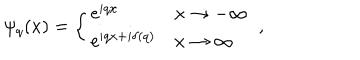
LaTeX: \psi _ { q } ( x ) = \left\{ \begin{array} { l l } { { \mathrm { e } ^ { i q x } } } & { { x \to - \infty } } \\ { { \mathrm { e } ^ { i q x + i \delta ( q ) } } } & { { x \to \infty } } \\ \end{array} \right. \; ,